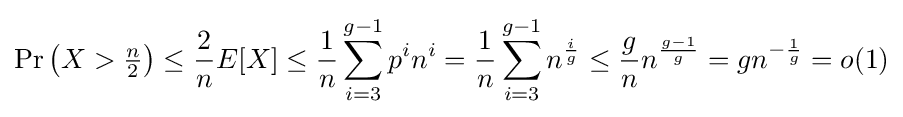
\Pr \left(X>{\tfrac {n}{2}}\right)\leq {\frac {2}{n}}E[X]\leq {\frac {1}{n}}\sum _{i=3}^{g-1}p^{i}n^{i}={\frac {1}{n}}\sum _{i=3}^{g-1}n^{\frac {i}{g}}\leq {\frac {g}{n}}n^{\frac {g-1}{g}}=gn^{-{\frac {1}{g}}}=o(1)